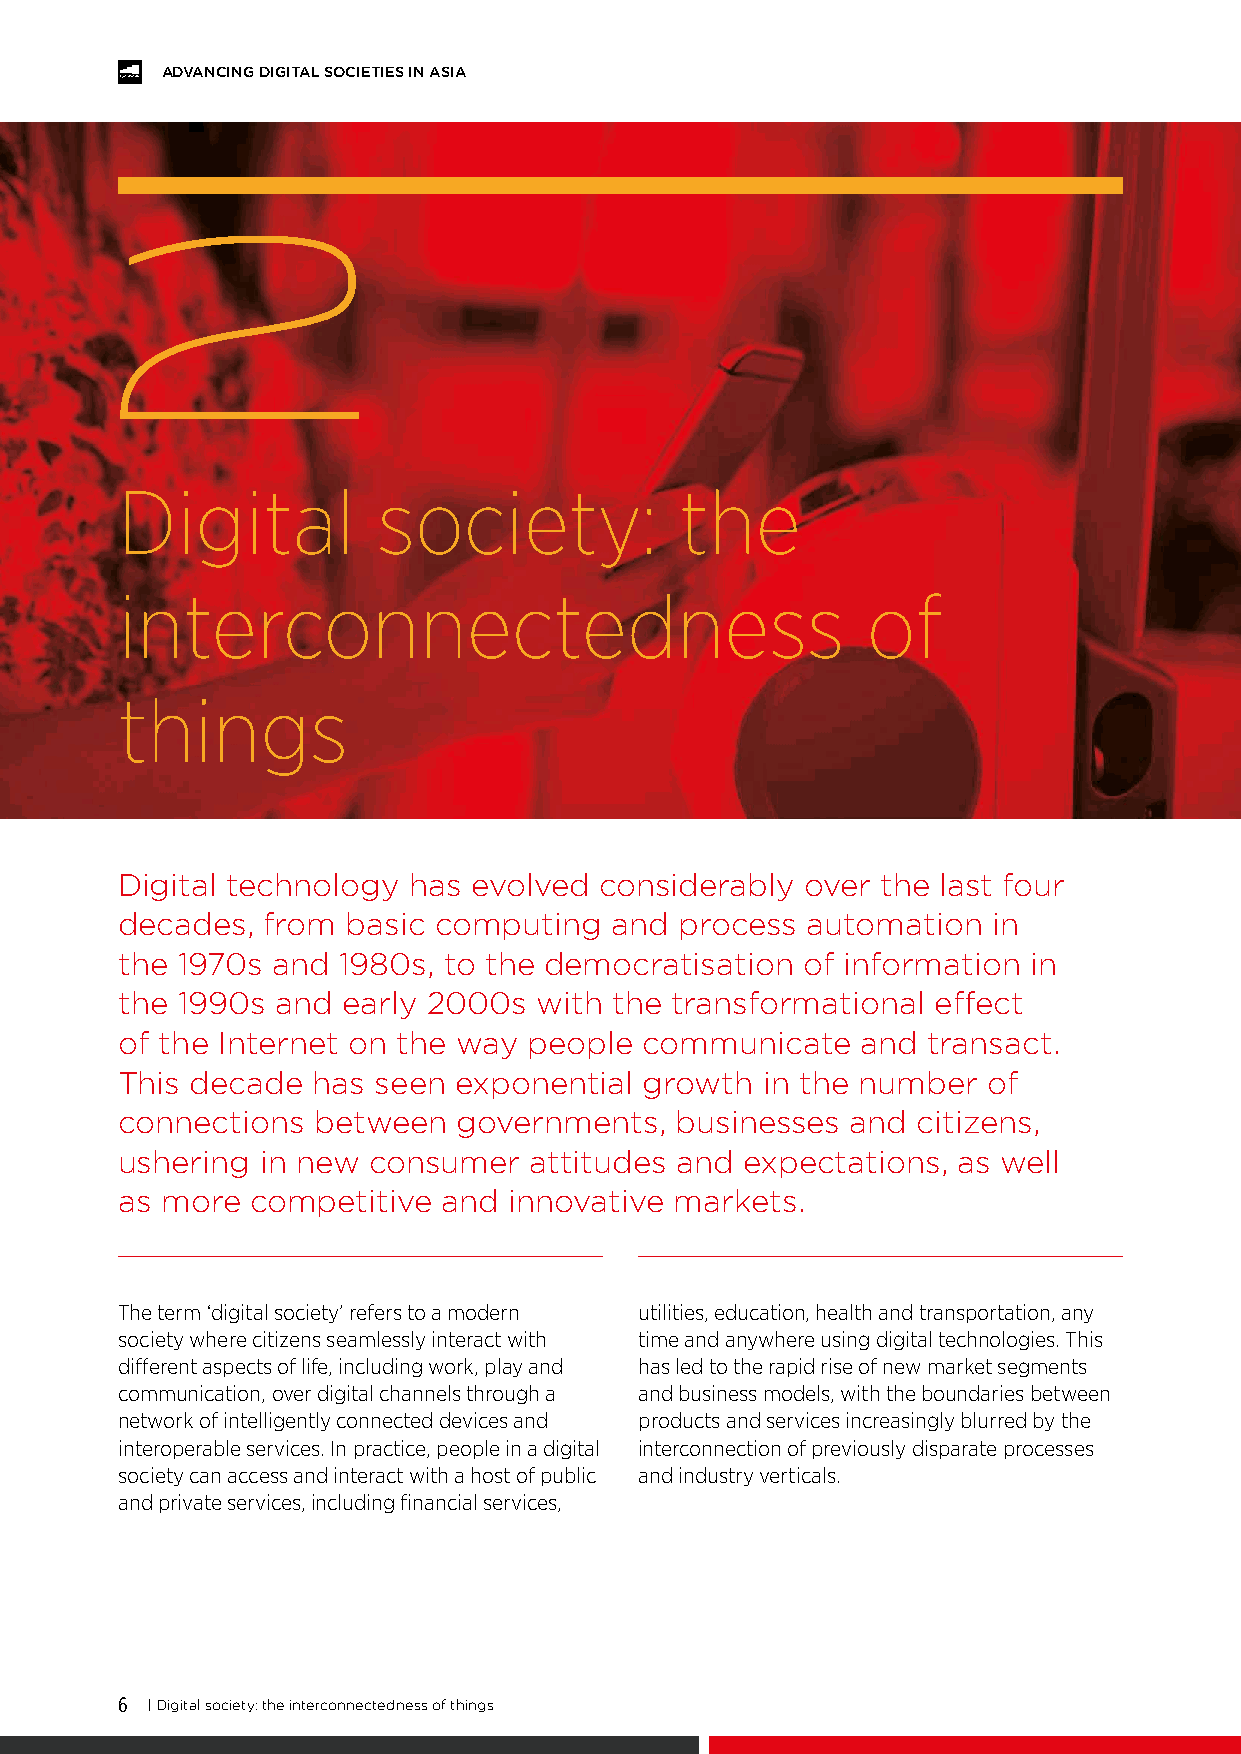
ADVANCING DIGITAL SOCIETIES IN ASIA
 2
 Digital          society:            the
 interconnectedness                               of
 things
 Digital technology has evolved  considerably over the last four
 decades, from  basic computing  and  process automation   in
 the 1970s and 1980s, to the democratisation  of information in
 the 1990s and  early 2000s  with the transformational effect
 of the Internet on the way people communicate    and transact.
 This decade  has seen exponential  growth in the number  of
 connections  between  governments,   businesses and  citizens,
 ushering in new consumer   attitudes and expectations, as well
 as more  competitive and  innovative markets.
 The term ‘digital society’ refers to a modern utilities, education, health and transportation, any
 society where citizens seamlessly interact with time and anywhere using digital technologies. This
 different aspects of life, including work, play and has led to the rapid rise of new market segments
 communication, over digital channels through a and business models, with the boundaries between
 network of intelligently connected devices and products and services increasingly blurred by the
 interoperable services. In practice, people in a digital interconnection of previously disparate processes
 society can access and interact with a host of public and industry verticals.
 and private services, including financial services,
 6 | Digital society: the interconnectedness of things